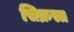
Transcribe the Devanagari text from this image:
सिक्रस्त